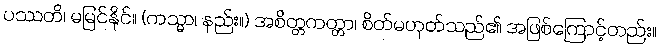
ပဿတိ၊ မမြင်နိုင်။ (ကသ္မာ၊ နည်း။) အစိတ္တကတ္တာ၊ စိတ်မဟုတ်သည်၏ အဖြစ်ကြောင့်တည်း။